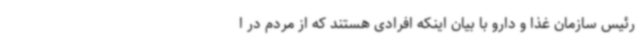
رئیس سازمان غذا و دارو با بیان اینکه افرادی هستند که از مردم در ا